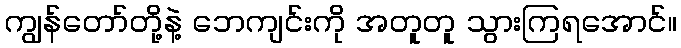
ကျွန်တော်တို့နဲ့ ဘေကျင်းကို အတူတူ သွားကြရအောင်။